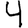
Digit: 4